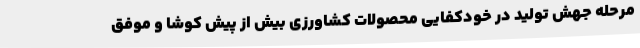
مرحله جهش تولید در خودکفایی محصولات کشاورزی بیش از پیش کوشا و موفق